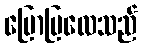
ပြောပြလေသည်